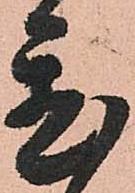
置